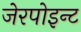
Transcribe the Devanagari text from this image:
जेरपोइन्ट